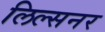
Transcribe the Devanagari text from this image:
लिल्सनर